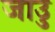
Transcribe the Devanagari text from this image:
जाउु